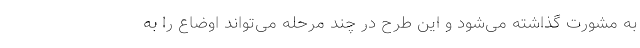
به مشورت گذاشته می‌شود و این طرح در چند مرحله می‌تواند اوضاع را به